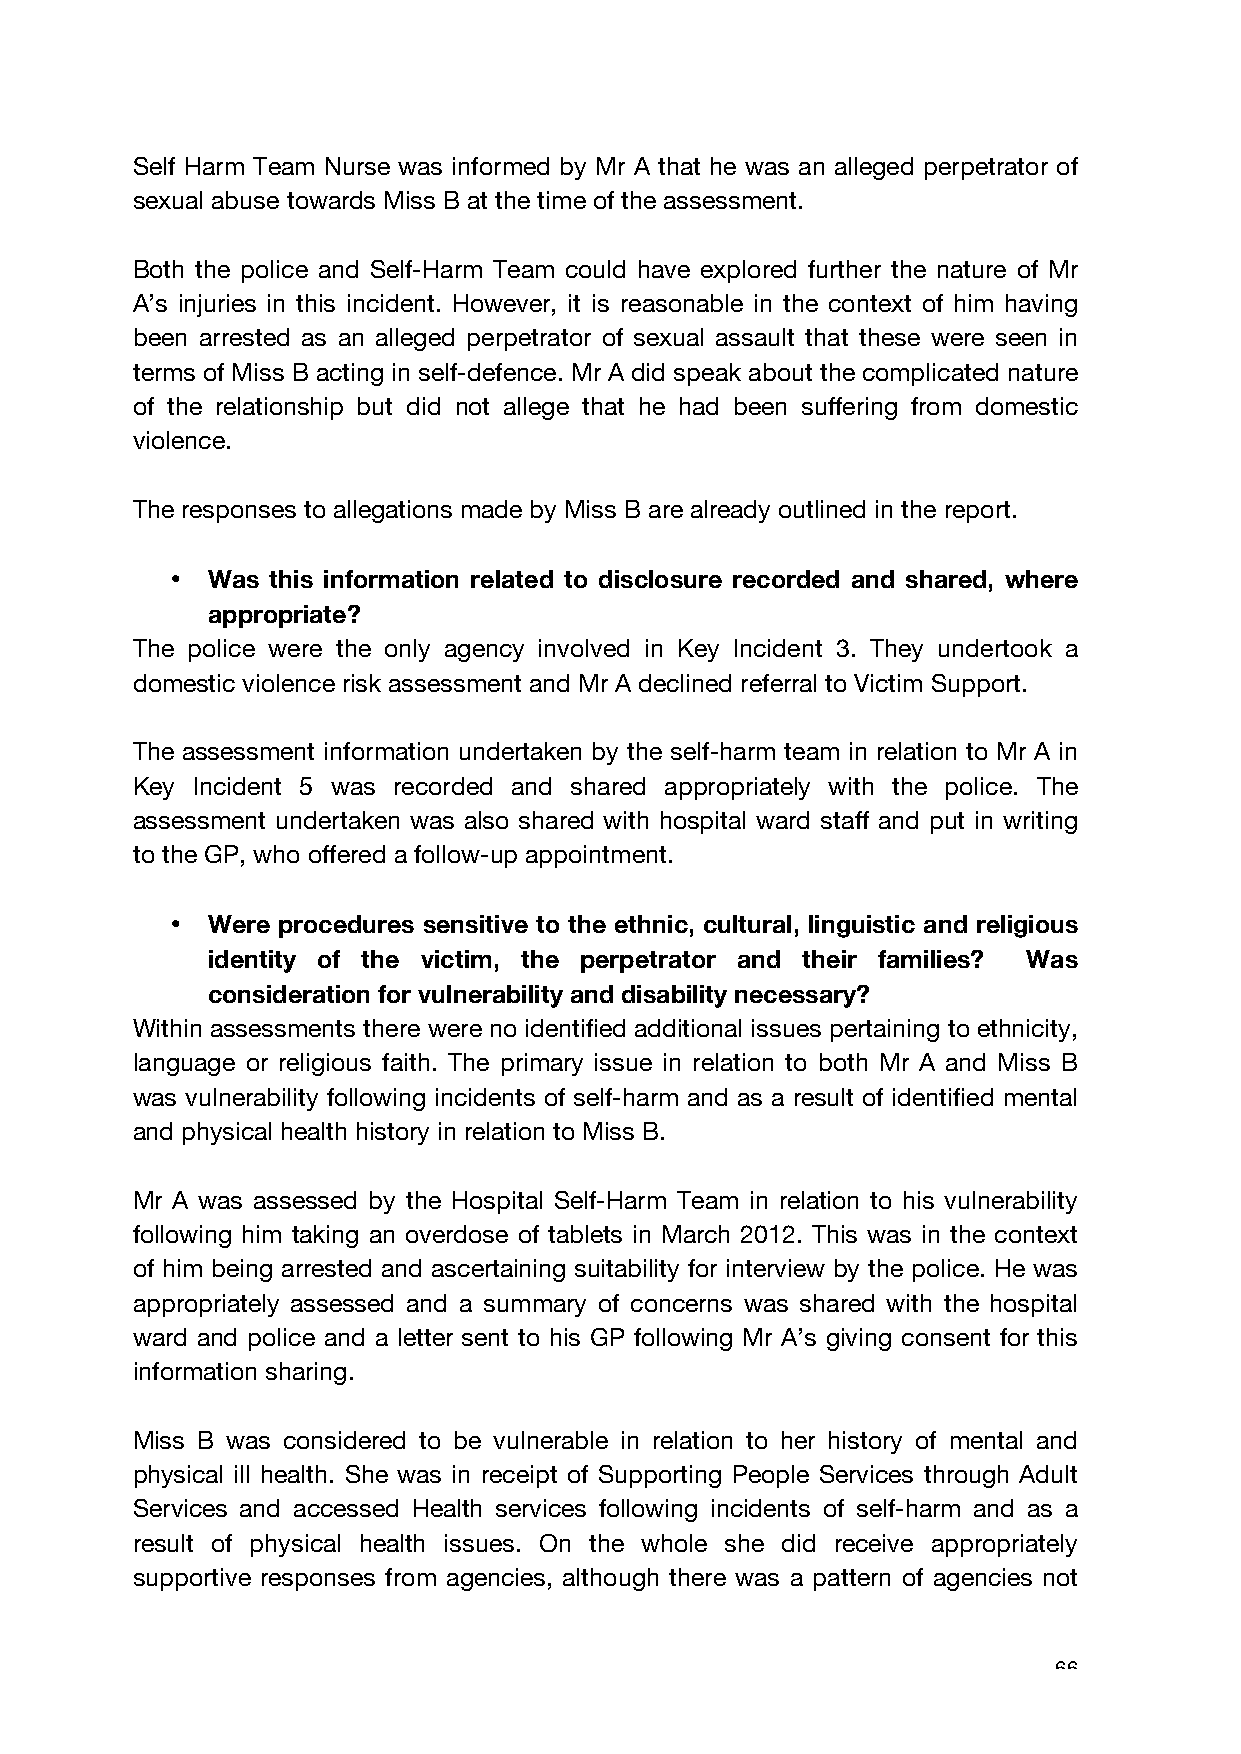
Self Harm Team Nurse was informed by Mr A that he was an alleged perpetrator of
 sexual abuse towards Miss B at the time of the assessment.
 Both the police and Self-Harm Team could have explored further the nature of Mr
 A’s injuries in this incident. However, it is reasonable in the context of him having
 been arrested as an alleged perpetrator of sexual assault that these were seen in
 terms of Miss B acting in self-defence. Mr A did speak about the complicated nature
 of the relationship but did not allege that he had been suffering from domestic
 violence.
 The responses to allegations made by Miss B are already outlined in the report.
 •  Was this information related to disclosure recorded and shared, where
 appropriate?
 The police were the only agency involved in Key Incident 3. They undertook a
 domestic violence risk assessment and Mr A declined referral to Victim Support.
 The assessment information undertaken by the self-harm team in relation to Mr A in
 Key Incident 5 was recorded and shared appropriately with the police. The
 assessment undertaken was also shared with hospital ward staff and put in writing
 to the GP, who offered a follow-up appointment.
 •  Were procedures sensitive to the ethnic, cultural, linguistic and religious
 identity of the victim, the perpetrator and their families? Was
 consideration for vulnerability and disability necessary?
 Within assessments there were no identified additional issues pertaining to ethnicity,
 language or religious faith. The primary issue in relation to both Mr A and Miss B
 was vulnerability following incidents of self-harm and as a result of identified mental
 and physical health history in relation to Miss B.
 Mr A was assessed by the Hospital Self-Harm Team in relation to his vulnerability
 following him taking an overdose of tablets in March 2012. This was in the context
 of him being arrested and ascertaining suitability for interview by the police. He was
 appropriately assessed and a summary of concerns was shared with the hospital
 ward and police and a letter sent to his GP following Mr A’s giving consent for this
 information sharing.
 Miss B was considered to be vulnerable in relation to her history of mental and
 physical ill health. She was in receipt of Supporting People Services through Adult
 Services and accessed Health services following incidents of self-harm and as a
 result of physical health issues. On the whole she did receive appropriately
 supportive responses from agencies, although there was a pattern of agencies not
 66